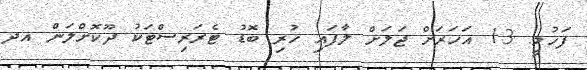
ފަހުމީ. 13 އަހަރަށް ޖަލަށް ލާފައި ހުރި ބޮޑު ޓެރަރިސްޓަކު ދޫކޮށްލަން އދ